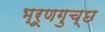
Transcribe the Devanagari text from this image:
भ्रूणगुच्छ